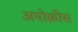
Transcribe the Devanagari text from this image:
अपोक्रीस